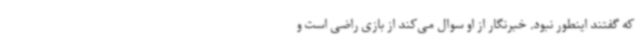
که گفتند اینطور نبود. خبرنگار از او سوال می‌کند از بازی راضی است و